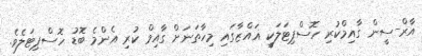
އާރް-ސީން ގާއިމްކުރި ހޮސްޕިޓަލަކީ ޣައްޒާގައި މިހާތަނަށް ގާއިމް ކުރި އެންމެ ބޮޑު ހޮސްޕިޓަލެވެ.